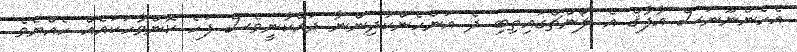
އެހެންނޫނަސް އާފާޤް އެ ލޯންޗްގައިތިބި ދެ އަންހެންކުދިންނާ ދައްކާނީވެސް ފަހެ ކޮންވާހަކައެއް ހެއްޔެވެ.